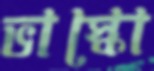
ভাস্কো